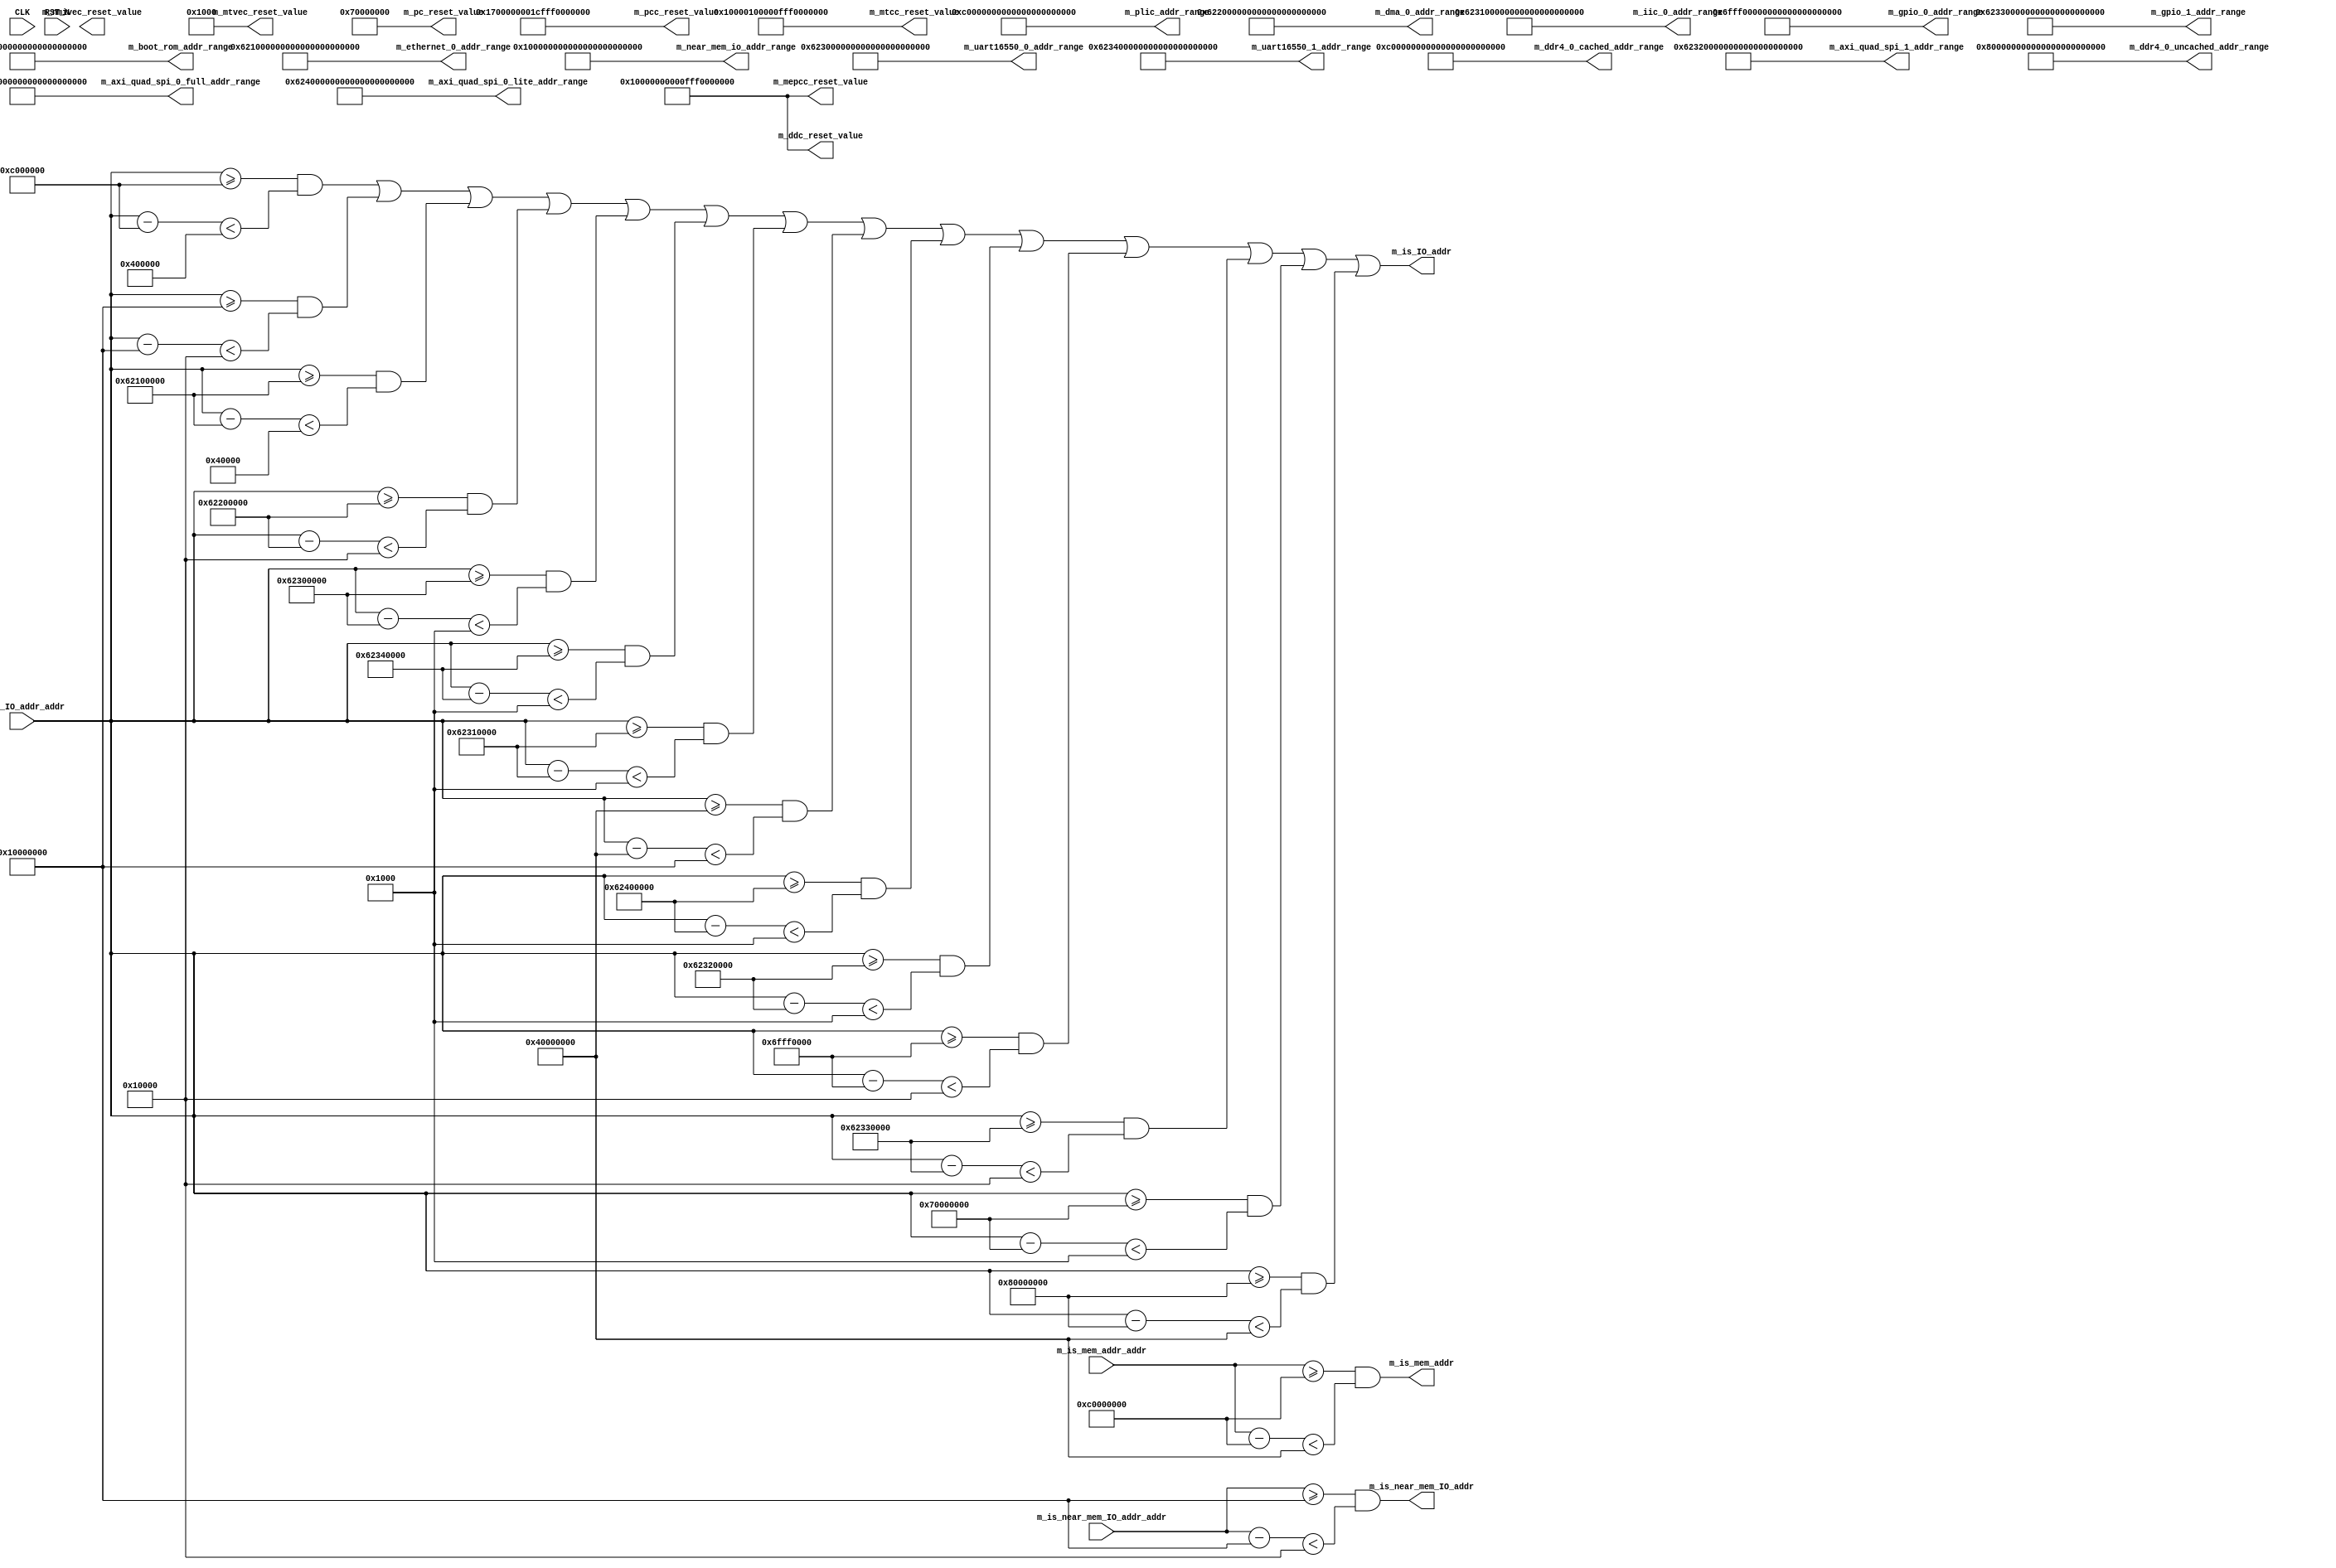
//
// Generated by Bluespec Compiler, version 2021.07-14-g5f987061 (build 5f987061)
//
// On Tue Nov 16 19:45:15 GMT 2021
//
//
// Ports:
// Name                         I/O  size props
// m_plic_addr_range              O   128 const
// m_near_mem_io_addr_range       O   128 const
// m_ethernet_0_addr_range        O   128 const
// m_dma_0_addr_range             O   128 const
// m_uart16550_0_addr_range       O   128 const
// m_uart16550_1_addr_range       O   128 const
// m_iic_0_addr_range             O   128 const
// m_axi_quad_spi_0_full_addr_range  O   128 const
// m_axi_quad_spi_0_lite_addr_range  O   128 const
// m_axi_quad_spi_1_addr_range    O   128 const
// m_gpio_0_addr_range            O   128 const
// m_gpio_1_addr_range            O   128 const
// m_boot_rom_addr_range          O   128 const
// m_ddr4_0_uncached_addr_range   O   128 const
// m_ddr4_0_cached_addr_range     O   128 const
// m_is_mem_addr                  O     1
// m_is_IO_addr                   O     1
// m_is_near_mem_IO_addr          O     1
// m_pc_reset_value               O    32 const
// m_pcc_reset_value              O    81 const
// m_ddc_reset_value              O    81 const
// m_mtcc_reset_value             O    81 const
// m_mepcc_reset_value            O    81 const
// m_mtvec_reset_value            O    32 const
// m_nmivec_reset_value           O    32
// CLK                            I     1 unused
// RST_N                          I     1 unused
// m_is_mem_addr_addr             I    64
// m_is_IO_addr_addr              I    64
// m_is_near_mem_IO_addr_addr     I    64
//
// Combinational paths from inputs to outputs:
//   m_is_mem_addr_addr -> m_is_mem_addr
//   m_is_IO_addr_addr -> m_is_IO_addr
//   m_is_near_mem_IO_addr_addr -> m_is_near_mem_IO_addr
//
//

`ifdef BSV_ASSIGNMENT_DELAY
`else
  `define BSV_ASSIGNMENT_DELAY
`endif

`ifdef BSV_POSITIVE_RESET
  `define BSV_RESET_VALUE 1'b1
  `define BSV_RESET_EDGE posedge
`else
  `define BSV_RESET_VALUE 1'b0
  `define BSV_RESET_EDGE negedge
`endif

module mkSoC_Map(CLK,
		 RST_N,

		 m_plic_addr_range,

		 m_near_mem_io_addr_range,

		 m_ethernet_0_addr_range,

		 m_dma_0_addr_range,

		 m_uart16550_0_addr_range,

		 m_uart16550_1_addr_range,

		 m_iic_0_addr_range,

		 m_axi_quad_spi_0_full_addr_range,

		 m_axi_quad_spi_0_lite_addr_range,

		 m_axi_quad_spi_1_addr_range,

		 m_gpio_0_addr_range,

		 m_gpio_1_addr_range,

		 m_boot_rom_addr_range,

		 m_ddr4_0_uncached_addr_range,

		 m_ddr4_0_cached_addr_range,

		 m_is_mem_addr_addr,
		 m_is_mem_addr,

		 m_is_IO_addr_addr,
		 m_is_IO_addr,

		 m_is_near_mem_IO_addr_addr,
		 m_is_near_mem_IO_addr,

		 m_pc_reset_value,

		 m_pcc_reset_value,

		 m_ddc_reset_value,

		 m_mtcc_reset_value,

		 m_mepcc_reset_value,

		 m_mtvec_reset_value,

		 m_nmivec_reset_value);
  input  CLK;
  input  RST_N;

  // value method m_plic_addr_range
  output [127 : 0] m_plic_addr_range;

  // value method m_near_mem_io_addr_range
  output [127 : 0] m_near_mem_io_addr_range;

  // value method m_ethernet_0_addr_range
  output [127 : 0] m_ethernet_0_addr_range;

  // value method m_dma_0_addr_range
  output [127 : 0] m_dma_0_addr_range;

  // value method m_uart16550_0_addr_range
  output [127 : 0] m_uart16550_0_addr_range;

  // value method m_uart16550_1_addr_range
  output [127 : 0] m_uart16550_1_addr_range;

  // value method m_iic_0_addr_range
  output [127 : 0] m_iic_0_addr_range;

  // value method m_axi_quad_spi_0_full_addr_range
  output [127 : 0] m_axi_quad_spi_0_full_addr_range;

  // value method m_axi_quad_spi_0_lite_addr_range
  output [127 : 0] m_axi_quad_spi_0_lite_addr_range;

  // value method m_axi_quad_spi_1_addr_range
  output [127 : 0] m_axi_quad_spi_1_addr_range;

  // value method m_gpio_0_addr_range
  output [127 : 0] m_gpio_0_addr_range;

  // value method m_gpio_1_addr_range
  output [127 : 0] m_gpio_1_addr_range;

  // value method m_boot_rom_addr_range
  output [127 : 0] m_boot_rom_addr_range;

  // value method m_ddr4_0_uncached_addr_range
  output [127 : 0] m_ddr4_0_uncached_addr_range;

  // value method m_ddr4_0_cached_addr_range
  output [127 : 0] m_ddr4_0_cached_addr_range;

  // value method m_is_mem_addr
  input  [63 : 0] m_is_mem_addr_addr;
  output m_is_mem_addr;

  // value method m_is_IO_addr
  input  [63 : 0] m_is_IO_addr_addr;
  output m_is_IO_addr;

  // value method m_is_near_mem_IO_addr
  input  [63 : 0] m_is_near_mem_IO_addr_addr;
  output m_is_near_mem_IO_addr;

  // value method m_pc_reset_value
  output [31 : 0] m_pc_reset_value;

  // value method m_pcc_reset_value
  output [80 : 0] m_pcc_reset_value;

  // value method m_ddc_reset_value
  output [80 : 0] m_ddc_reset_value;

  // value method m_mtcc_reset_value
  output [80 : 0] m_mtcc_reset_value;

  // value method m_mepcc_reset_value
  output [80 : 0] m_mepcc_reset_value;

  // value method m_mtvec_reset_value
  output [31 : 0] m_mtvec_reset_value;

  // value method m_nmivec_reset_value
  output [31 : 0] m_nmivec_reset_value;

  // signals for module outputs
  wire [127 : 0] m_axi_quad_spi_0_full_addr_range,
		 m_axi_quad_spi_0_lite_addr_range,
		 m_axi_quad_spi_1_addr_range,
		 m_boot_rom_addr_range,
		 m_ddr4_0_cached_addr_range,
		 m_ddr4_0_uncached_addr_range,
		 m_dma_0_addr_range,
		 m_ethernet_0_addr_range,
		 m_gpio_0_addr_range,
		 m_gpio_1_addr_range,
		 m_iic_0_addr_range,
		 m_near_mem_io_addr_range,
		 m_plic_addr_range,
		 m_uart16550_0_addr_range,
		 m_uart16550_1_addr_range;
  wire [80 : 0] m_ddc_reset_value,
		m_mepcc_reset_value,
		m_mtcc_reset_value,
		m_pcc_reset_value;
  wire [31 : 0] m_mtvec_reset_value, m_nmivec_reset_value, m_pc_reset_value;
  wire m_is_IO_addr, m_is_mem_addr, m_is_near_mem_IO_addr;

  // remaining internal signals
  wire [63 : 0] x__h243,
		x__h267,
		x__h291,
		x__h316,
		x__h341,
		x__h366,
		x__h391,
		x__h416,
		x__h441,
		x__h466,
		x__h491,
		x__h516,
		x__h541,
		x__h566,
		x__h591,
		x__h618;
  wire NOT_m_is_IO_addr_addr_ULT_0xC000000_AND_m_is_I_ETC___d21,
       NOT_m_is_IO_addr_addr_ULT_0xC000000_AND_m_is_I_ETC___d33,
       NOT_m_is_IO_addr_addr_ULT_0xC000000_AND_m_is_I_ETC___d45,
       NOT_m_is_IO_addr_addr_ULT_0xC000000_AND_m_is_I_ETC___d57,
       NOT_m_is_IO_addr_addr_ULT_0xC000000_AND_m_is_I_ETC___d69,
       NOT_m_is_IO_addr_addr_ULT_0xC000000_AND_m_is_I_ETC___d81;

  // value method m_plic_addr_range
  assign m_plic_addr_range = 128'h000000000C0000000000000000400000 ;

  // value method m_near_mem_io_addr_range
  assign m_near_mem_io_addr_range = 128'h00000000100000000000000000010000 ;

  // value method m_ethernet_0_addr_range
  assign m_ethernet_0_addr_range = 128'h00000000621000000000000000040000 ;

  // value method m_dma_0_addr_range
  assign m_dma_0_addr_range = 128'h00000000622000000000000000010000 ;

  // value method m_uart16550_0_addr_range
  assign m_uart16550_0_addr_range = 128'h00000000623000000000000000001000 ;

  // value method m_uart16550_1_addr_range
  assign m_uart16550_1_addr_range = 128'h00000000623400000000000000001000 ;

  // value method m_iic_0_addr_range
  assign m_iic_0_addr_range = 128'h00000000623100000000000000001000 ;

  // value method m_axi_quad_spi_0_full_addr_range
  assign m_axi_quad_spi_0_full_addr_range =
	     128'h00000000400000000000000010000000 ;

  // value method m_axi_quad_spi_0_lite_addr_range
  assign m_axi_quad_spi_0_lite_addr_range =
	     128'h00000000624000000000000000001000 ;

  // value method m_axi_quad_spi_1_addr_range
  assign m_axi_quad_spi_1_addr_range = 128'h00000000623200000000000000001000 ;

  // value method m_gpio_0_addr_range
  assign m_gpio_0_addr_range = 128'h000000006FFF00000000000000010000 ;

  // value method m_gpio_1_addr_range
  assign m_gpio_1_addr_range = 128'h00000000623300000000000000010000 ;

  // value method m_boot_rom_addr_range
  assign m_boot_rom_addr_range = 128'h00000000700000000000000000001000 ;

  // value method m_ddr4_0_uncached_addr_range
  assign m_ddr4_0_uncached_addr_range =
	     128'h00000000800000000000000040000000 ;

  // value method m_ddr4_0_cached_addr_range
  assign m_ddr4_0_cached_addr_range = 128'h00000000C00000000000000040000000 ;

  // value method m_is_mem_addr
  assign m_is_mem_addr =
	     m_is_mem_addr_addr >= 64'h00000000C0000000 &&
	     x__h243 < 64'h0000000040000000 ;

  // value method m_is_IO_addr
  assign m_is_IO_addr =
	     NOT_m_is_IO_addr_addr_ULT_0xC000000_AND_m_is_I_ETC___d81 ||
	     m_is_IO_addr_addr >= 64'h0000000080000000 &&
	     x__h591 < 64'h0000000040000000 ;

  // value method m_is_near_mem_IO_addr
  assign m_is_near_mem_IO_addr =
	     m_is_near_mem_IO_addr_addr >= 64'h0000000010000000 &&
	     x__h618 < 64'h0000000000010000 ;

  // value method m_pc_reset_value
  assign m_pc_reset_value = 32'h70000000 ;

  // value method m_pcc_reset_value
  assign m_pcc_reset_value = 81'h1700000001CFFF7DA4000 ;

  // value method m_ddc_reset_value
  assign m_ddc_reset_value = 81'h10000000000FFF7DA4000 ;

  // value method m_mtcc_reset_value
  assign m_mtcc_reset_value = 81'h10000100000FFF7DA4000 ;

  // value method m_mepcc_reset_value
  assign m_mepcc_reset_value = 81'h10000000000FFF7DA4000 ;

  // value method m_mtvec_reset_value
  assign m_mtvec_reset_value = 32'h00001000 ;

  // value method m_nmivec_reset_value
  assign m_nmivec_reset_value =
	     32'bxxxxxxxxxxxxxxxxxxxxxxxxxxxxxxxx /* unspecified value */  ;

  // remaining internal signals
  assign NOT_m_is_IO_addr_addr_ULT_0xC000000_AND_m_is_I_ETC___d21 =
	     m_is_IO_addr_addr >= 64'h000000000C000000 &&
	     x__h267 < 64'h0000000000400000 ||
	     m_is_IO_addr_addr >= 64'h0000000010000000 &&
	     x__h291 < 64'h0000000000010000 ||
	     m_is_IO_addr_addr >= 64'h0000000062100000 &&
	     x__h316 < 64'h0000000000040000 ;
  assign NOT_m_is_IO_addr_addr_ULT_0xC000000_AND_m_is_I_ETC___d33 =
	     NOT_m_is_IO_addr_addr_ULT_0xC000000_AND_m_is_I_ETC___d21 ||
	     m_is_IO_addr_addr >= 64'h0000000062200000 &&
	     x__h341 < 64'h0000000000010000 ||
	     m_is_IO_addr_addr >= 64'h0000000062300000 &&
	     x__h366 < 64'h0000000000001000 ;
  assign NOT_m_is_IO_addr_addr_ULT_0xC000000_AND_m_is_I_ETC___d45 =
	     NOT_m_is_IO_addr_addr_ULT_0xC000000_AND_m_is_I_ETC___d33 ||
	     m_is_IO_addr_addr >= 64'h0000000062340000 &&
	     x__h391 < 64'h0000000000001000 ||
	     m_is_IO_addr_addr >= 64'h0000000062310000 &&
	     x__h416 < 64'h0000000000001000 ;
  assign NOT_m_is_IO_addr_addr_ULT_0xC000000_AND_m_is_I_ETC___d57 =
	     NOT_m_is_IO_addr_addr_ULT_0xC000000_AND_m_is_I_ETC___d45 ||
	     m_is_IO_addr_addr >= 64'h0000000040000000 &&
	     x__h441 < 64'h0000000010000000 ||
	     m_is_IO_addr_addr >= 64'h0000000062400000 &&
	     x__h466 < 64'h0000000000001000 ;
  assign NOT_m_is_IO_addr_addr_ULT_0xC000000_AND_m_is_I_ETC___d69 =
	     NOT_m_is_IO_addr_addr_ULT_0xC000000_AND_m_is_I_ETC___d57 ||
	     m_is_IO_addr_addr >= 64'h0000000062320000 &&
	     x__h491 < 64'h0000000000001000 ||
	     m_is_IO_addr_addr >= 64'h000000006FFF0000 &&
	     x__h516 < 64'h0000000000010000 ;
  assign NOT_m_is_IO_addr_addr_ULT_0xC000000_AND_m_is_I_ETC___d81 =
	     NOT_m_is_IO_addr_addr_ULT_0xC000000_AND_m_is_I_ETC___d69 ||
	     m_is_IO_addr_addr >= 64'h0000000062330000 &&
	     x__h541 < 64'h0000000000010000 ||
	     m_is_IO_addr_addr >= 64'h0000000070000000 &&
	     x__h566 < 64'h0000000000001000 ;
  assign x__h243 = m_is_mem_addr_addr - 64'h00000000C0000000 ;
  assign x__h267 = m_is_IO_addr_addr - 64'h000000000C000000 ;
  assign x__h291 = m_is_IO_addr_addr - 64'h0000000010000000 ;
  assign x__h316 = m_is_IO_addr_addr - 64'h0000000062100000 ;
  assign x__h341 = m_is_IO_addr_addr - 64'h0000000062200000 ;
  assign x__h366 = m_is_IO_addr_addr - 64'h0000000062300000 ;
  assign x__h391 = m_is_IO_addr_addr - 64'h0000000062340000 ;
  assign x__h416 = m_is_IO_addr_addr - 64'h0000000062310000 ;
  assign x__h441 = m_is_IO_addr_addr - 64'h0000000040000000 ;
  assign x__h466 = m_is_IO_addr_addr - 64'h0000000062400000 ;
  assign x__h491 = m_is_IO_addr_addr - 64'h0000000062320000 ;
  assign x__h516 = m_is_IO_addr_addr - 64'h000000006FFF0000 ;
  assign x__h541 = m_is_IO_addr_addr - 64'h0000000062330000 ;
  assign x__h566 = m_is_IO_addr_addr - 64'h0000000070000000 ;
  assign x__h591 = m_is_IO_addr_addr - 64'h0000000080000000 ;
  assign x__h618 = m_is_near_mem_IO_addr_addr - 64'h0000000010000000 ;
endmodule  // mkSoC_Map